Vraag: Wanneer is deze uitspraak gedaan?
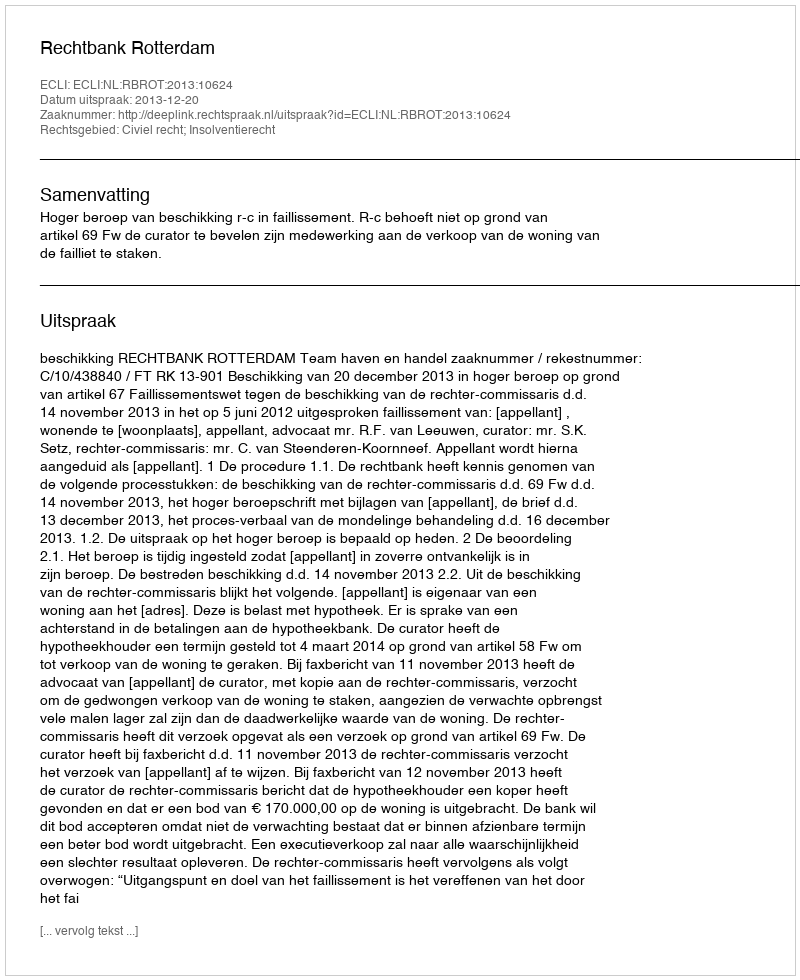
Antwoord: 2013-12-20